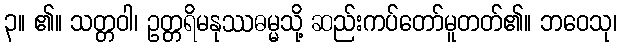
၃။ ၏။ သတ္တဝါ၊ ဥတ္တရိမနုဿဓမ္မသို့ ဆည်းကပ်တော်မူတတ်၏။ ဘဝေသု၊